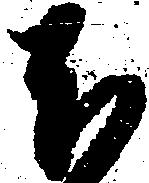
ほ